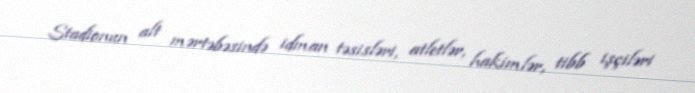
Stadionun alt mərtəbəsində idman təsisləri, atletlər, hakimlər, tibb işçiləri